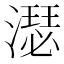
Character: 濏